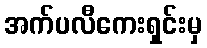
အက်ပလီကေးရှင်းမှ